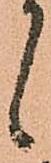
候